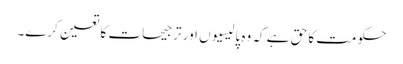
حکومت کا حق ہے کہ وہ پالیسیوں اور ترجیحات کا تعین کرے۔